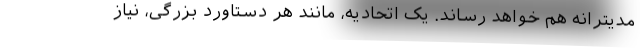
مدیترانه هم خواهد رساند. یک اتحادیه، مانند هر دستاورد بزرگی، نیاز